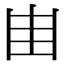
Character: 𠙾